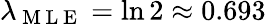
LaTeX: \lambda_{\mathrm{~M~L~E~}}=\ln 2\approx 0.693